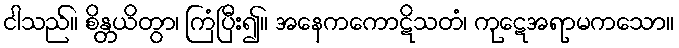
ငါသည်။ စိန္တယိတွာ၊ ကြံပြီး၍။ အနေကကောဋိသတံ၊ ကုဋေအရာမကသော။